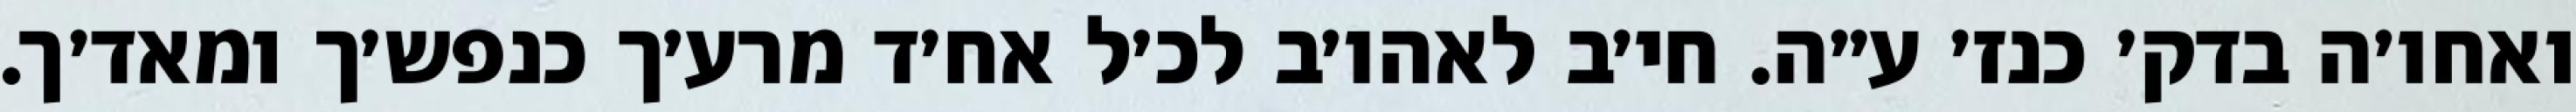
ואחו׳ה בדק׳ כנז׳ ע״ה. חי׳ב לאהו׳ב לכ׳ל אח׳ד מרע׳ך כנפש׳ך ומאד׳ך.